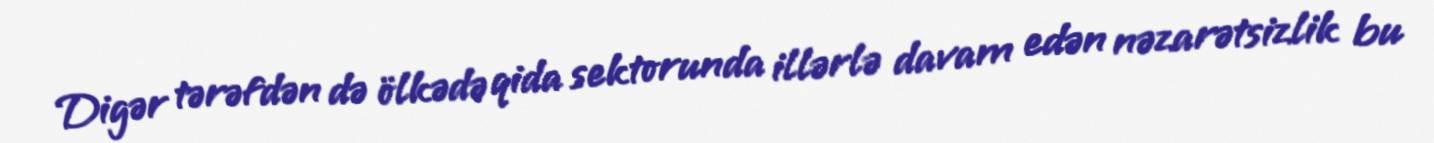
Digər tərəfdən də ölkədə qida sektorunda illərlə davam edən nəzarətsizlik bu